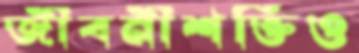
জীবনীশক্তিও